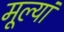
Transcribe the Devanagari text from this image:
मूल्यां